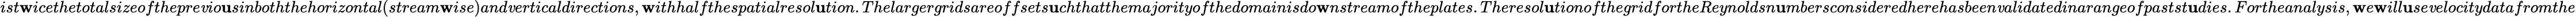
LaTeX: ist\mathbf{w}icethetotalsizeofthepre\mathit{v}io\mathbf{u}sinboththehorizontal(stream\mathbf{w}ise)and\mathit{v}erticaldirections,\mathbf{w}ithhalfthespatialresol\mathbf{u}tion.Thelargergridsareoffsets\mathbf{u}chthatthemajorityofthedomainisdo\mathbf{w}nstreamoftheplates.Theresol\mathbf{u}tionofthegridfortheReynoldsn\mathbf{u}mbersconsideredherehasbeen\mathit{v}alidatedinarangeofpastst\mathbf{u}dies.Fortheanalysis,\mathbf{w}e\mathbf{w}ill\mathbf{u}se\mathit{v}elocitydatafromthe